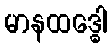
မာနထဒ္ဓေါ